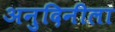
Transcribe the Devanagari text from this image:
अनुदिनीला